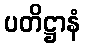
ပတိဋ္ဌာနံ